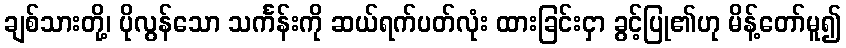
ချစ်သားတို့၊ ပိုလွန်သော သင်္ကန်းကို ဆယ်ရက်ပတ်လုံး ထားခြင်းငှာ ခွင့်ပြု၏ဟု မိန့်တော်မူ၍